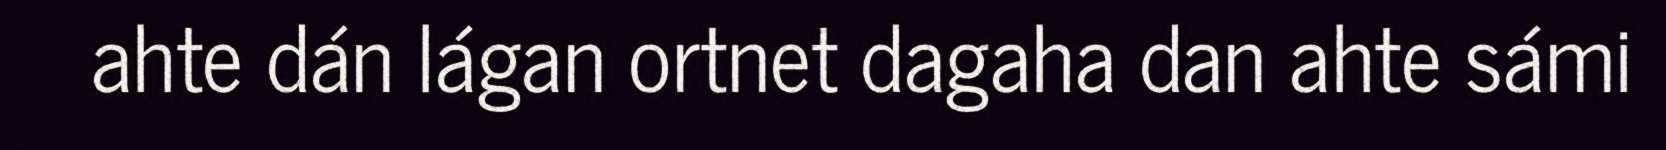
ahte dán lágan ortnet dagaha dan ahte sámi